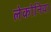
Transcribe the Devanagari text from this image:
लेकोनिया